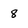
Character: 8